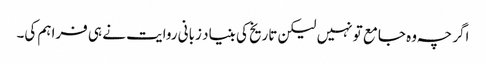
اگر چہ وہ جامع تو نہیں لیکن تاریخ کی بنیاد زبانی روایت نے ہی فراہم کی۔